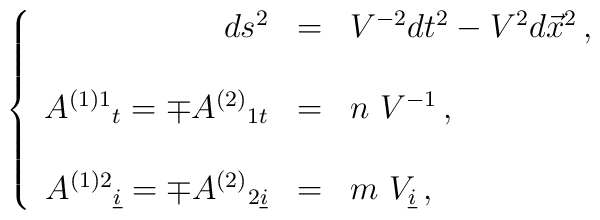
\left\{\begin{array}{rcl}ds^{2} & = & V^{-2}dt^{2} -V^{2}d\vec{x}^{2}\, , \\& & \\A^{(1)1}{}_{t} = \mp A^{(2)}{}_{1t} & = & n\ V^{-1}\, ,\\& & \\A^{(1)2}{}_{\underline{i}} = \mp A^{(2)}{}_{2\underline{i}} & = &m\ V_{\underline{i}}\, ,\\\end{array}\right.